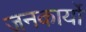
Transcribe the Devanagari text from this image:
जनकार्यों